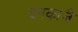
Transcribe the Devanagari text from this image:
इनकाजै